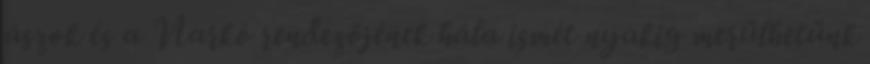
ászok és a Narkó rendezőjének hála ismét nyakig merülhetünk